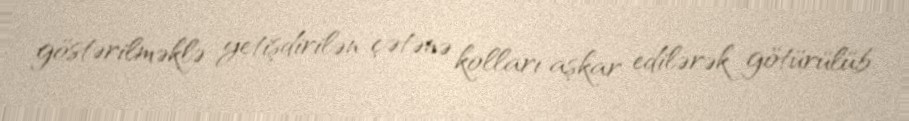
göstərilməklə yetişdirilən çətənə kolları aşkar edilərək götürülüb.